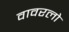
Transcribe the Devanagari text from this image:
वावरलो